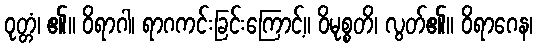
ဝုတ္တံ၊ ၏။ ဝိရာဂါ၊ ရာဂကင်းခြင်းကြောင့်။ ဝိမုစ္စတိ၊ လွတ်၏။ ဝိရာဂေန၊